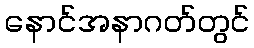
နောင်အနာဂတ်တွင်